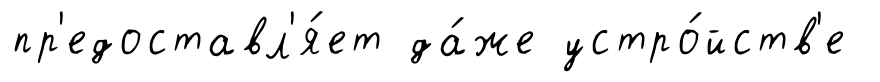
пр'едоставл'я́ет да́же устро́йств'е